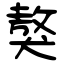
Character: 獒